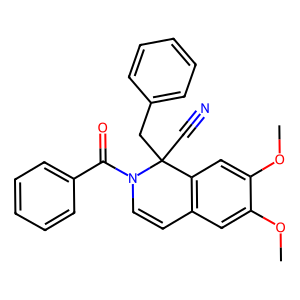
SMILES: COc1cc2c(cc1OC)C(C#N)(Cc1ccccc1)N(C(=O)c1ccccc1)C=C2
Inhibits HIV replication: No